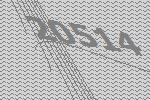
20514